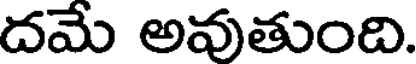
దమే అవుతుంది.